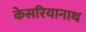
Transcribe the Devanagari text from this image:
केसरियानाथ